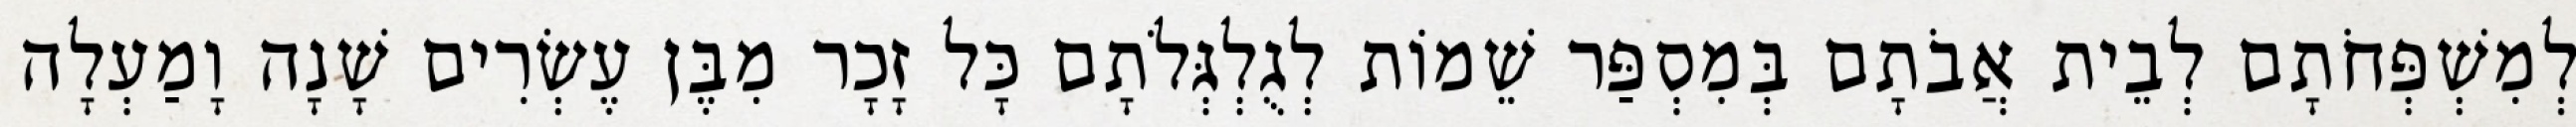
לְמִשְׁפְּחֹתָם לְבֵית אֲבֹתָם בְּמִסְפַּר שֵׁמוֹת לְגֻלְגְּלֹתָם כָּל זָכָר מִבֶּן עֶשְׂרִים שָׁנָה וָמַעְלָה